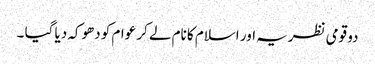
دو قومی نظریہ اور اسلام کا نام لے کر عوام کو دھوکہ دیا گیا ۔